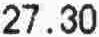
27.30